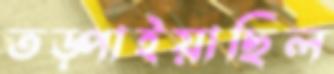
তড়্‌পাইয়াছিল